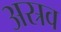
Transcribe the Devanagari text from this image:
अस्रव